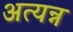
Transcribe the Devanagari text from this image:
अत्यन्न